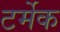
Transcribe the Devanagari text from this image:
टर्मेक